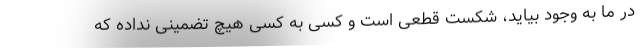
در ما به وجود بیاید، شکست قطعی است و کسی به کسی هیچ تضمینی نداده که